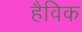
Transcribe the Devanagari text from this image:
हैविक